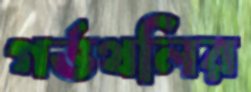
গর্ভথলির